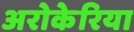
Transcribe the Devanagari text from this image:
अरोकेरिया